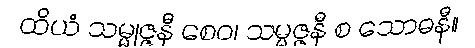
ထိယံ သမ္မုဇ္ဇနီ စေဝ၊ သမ္မဇ္ဇနီ စ သောဓနီ။